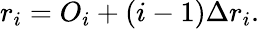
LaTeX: r_{i}=O_{i}+(i-1)\Delta r_{i}.